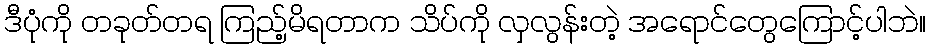
ဒီပုံကို တခုတ်တရ ကြည့်မိရတာက သိပ်ကို လှလွန်းတဲ့ အရောင်တွေကြောင့်ပါဘဲ။